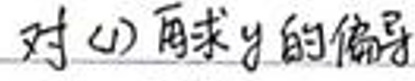
对(1)求\(y\)的偏导